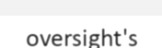
oversight's